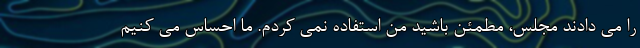
را می دادند مجلس، مطمئن باشید من استفاده نمی کردم. ما احساس می کنیم